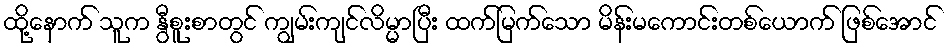
ထို့နောက် သူက နွီစူးစာတွင် ကျွမ်းကျင်လိမ္မာပြီး ထက်မြက်သော မိန်းမကောင်းတစ်ယောက် ဖြစ်အောင်